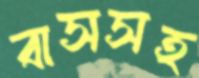
বাসসহ